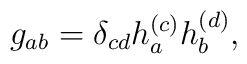
g_{ab}=\delta _{cd}h_a^{(c)}h_b^{(d)},